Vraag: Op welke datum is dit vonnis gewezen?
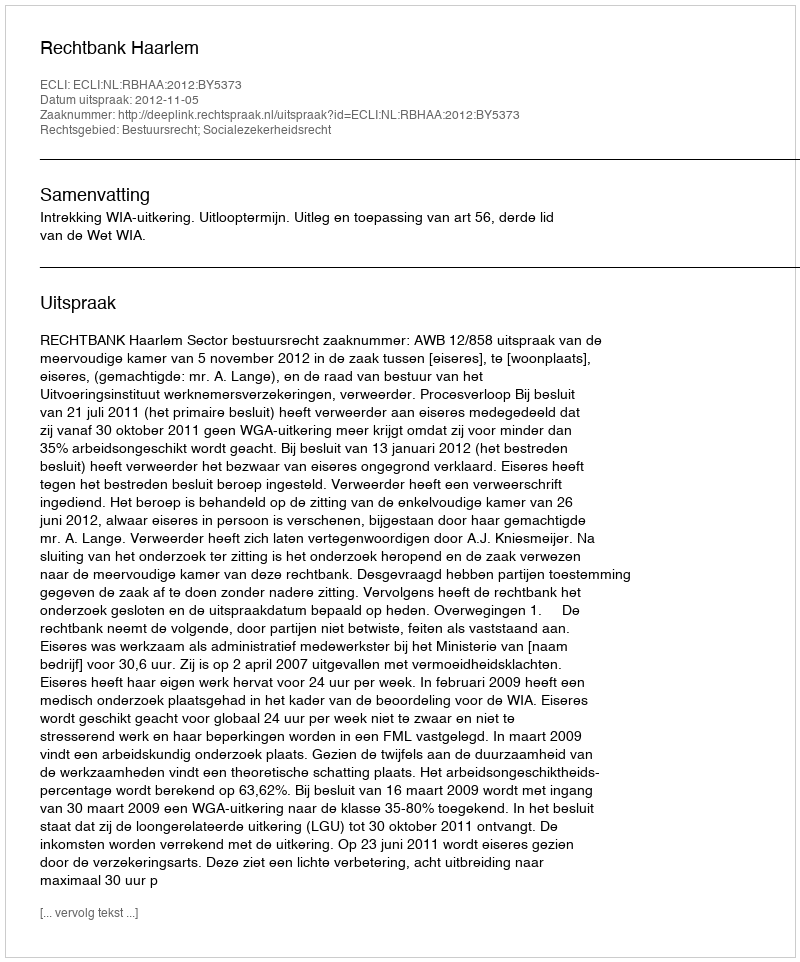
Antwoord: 2012-11-05